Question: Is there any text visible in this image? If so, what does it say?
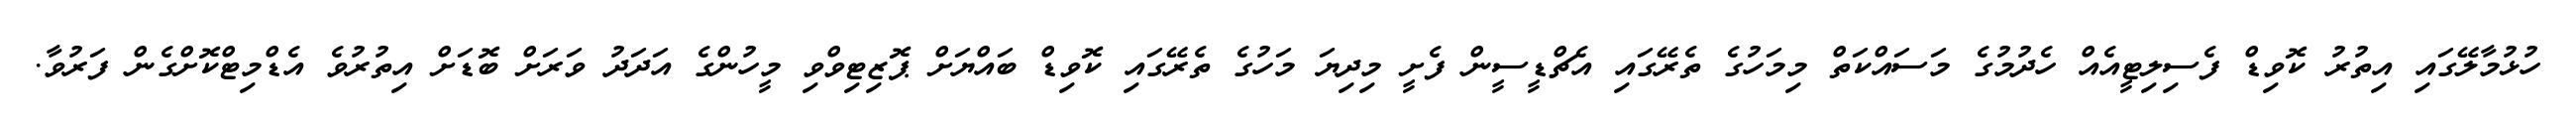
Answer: ހުޅުމާލޭގައި އިތުރު ކޮވިޑް ފެސިލިޓީއެއް ހެދުމުގެ މަސައްކަތް މިމަހުގެ ތެރޭގައި އެޗްޑީސީން ފެށީ މިދިޔަ މަހުގެ ތެރޭގައި ކޮވިޑް ބައްޔަށް ޕޮޒިޓިވްވި މީހުންގެ އަދަދު ވަރަށް ބޮޑަށް އިތުރުވެ އެޑްމިޓްކޮށްގެން ފަރުވާ.